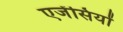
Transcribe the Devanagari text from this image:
एजेंसियों